Statistical return of the lunatic asylum in Assam - 1912-1932
Year: 1912
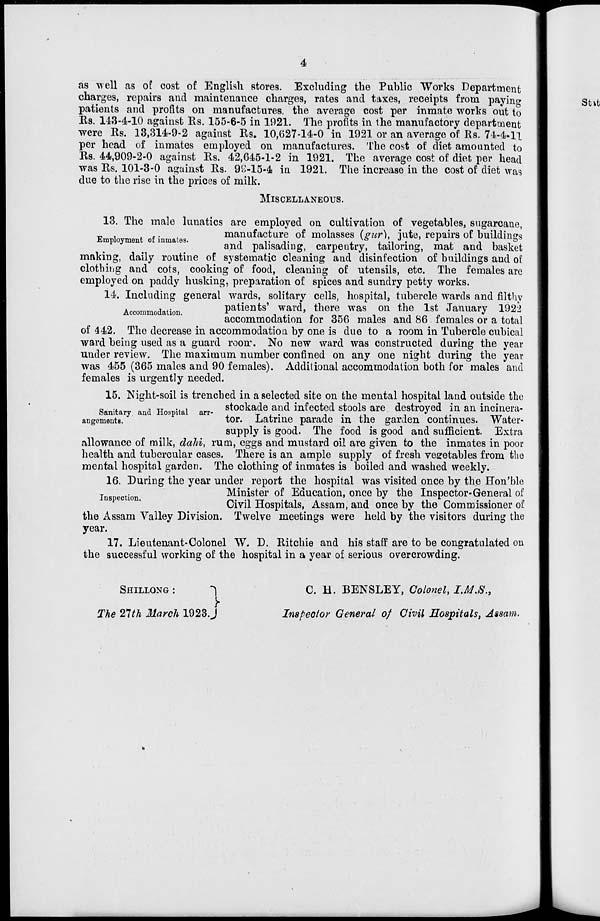
4
as well as of cost of English stores. Excluding the Public Works Department
charges, repairs and maintenance charges, rates and taxes, receipts from paying
patients and profits on manufactures, the average cost per inmate works out to
Rs. 143-4-10 against Rs. 155-6-5 in 1921. The profits in the manufactory department
were Rs. 13,314-9-2 against Rs. 10,627-14-0 in 1921 or an average of Rs. 71-4-11.
per head of inmates employed on manufactures. The cost of diet amounted to
Rs. 44,909-2-0 against Rs. 42,645-1-2 in 1921. The average cost of diet per head
was Rs. 101-3-0 against Rs. 9^-15-4 in 1921. The increase in the cost of diet was
due to the rise in the prices of milk.
MISCELLANEOUS.
13. The male lunatics are employed on cultivation of vegetables, sugarcane,
_ .
. ..
manufacture of molasses (pur), "jute, repairs of buildings
Employment of inmafes.
,
.. ,.
, vo , -.., "..
■ * »
i ,
, °;
and palisading, carpeutry, tailoring, mat and basket
making, daily routine of systematic cleaning and disinfection of buildings and of
clothing and cots, cooking of food, cleaning of utensils, etc. The females are
employed on paddy husking, preparation of spices and sundry petty works.
14. Including general wards, solitary cells, hospital, tubercle wards and filthy
Accommodation
patients' ward, there was on the 1st January 1922
accommodation for 356 males and 86 females or a total
of 442. The decrease in accommodation by one is due to a room in Tubercle cubical
ward being used as a guard roon?. No new ward was constructed during the year
under review. The maximum number confined on any one night during the year
was 455 (365 males and 90 females). Additional accommodation both for males and
females is urgently needed.
15. Night-soil is trenched in a selected site on the mental hospital land outside the
0 ..
i xi ., i
stockade and infected stools are destroyed in an incinera-
Sanitary and Hospital arr-
.
T
. .
,
.
.,
,
J
..
_,, .
angemeuts.
tor. Latrme parade m the garden continues. Water-
supply is good. The food is good and sufficient. Extra
allowance of milk, daJii, rum, eggs and mustard oil are given to the inmates in poor
health and tubercular cases. There is an ample supply of fresh vegetables from the
mental hospital garden. The clothing of inmates is boiled and washed weekly.
16. During the year under report the hospital was visited once by the Hon'ble
j
.
Minister of Education, once by the Inspector-General of
Civil Hospitals, Assam, and once by the Commissioner of
the Assam Valley Division. Twelve meetings were held by the visitors during the
year.
17. Lieutenant-Colonel W. D. Ritchie and his staff are to be congratulated on
the successful working of the hospital in a year of serious overcrowding.
SHILLONG :
*|
The 21th March 1923.J
C. H. BENSLEY, Colonel* IM.S.,
Inspector General of Civil Hospitals, Assam.